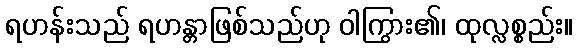
ရဟန်းသည် ရဟန္တာဖြစ်သည်ဟု ဝါကြွား၏၊ ထုလ္လစ္စည်း။